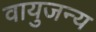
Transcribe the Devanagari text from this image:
वायुजन्य